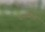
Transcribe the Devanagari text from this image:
रत्‍नासाठी